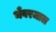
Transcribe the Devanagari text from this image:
भँवरजाल